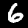
Digit: 6